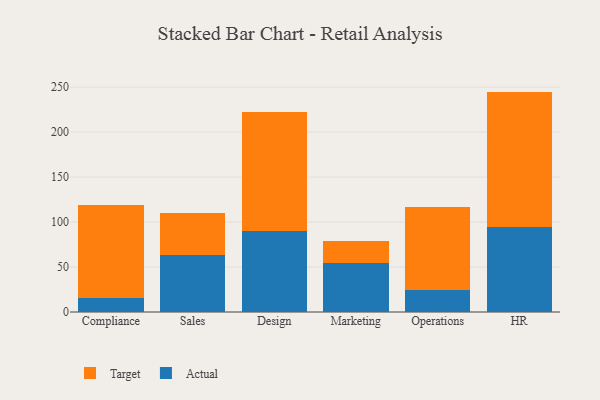
{"axis": {"x": "Department", "y": "Population (Million)"}, "legend": ["Actual", "Target"], "data": [{"x": "Compliance", "y": 15.4, "type": "Actual"}, {"x": "Compliance", "y": 104.0, "type": "Target"}, {"x": "Sales", "y": 63.9, "type": "Actual"}, {"x": "Sales", "y": 45.8, "type": "Target"}, {"x": "Design", "y": 89.6, "type": "Actual"}, {"x": "Design", "y": 132.7, "type": "Target"}, {"x": "Marketing", "y": 54.4, "type": "Actual"}, {"x": "Marketing", "y": 24.4, "type": "Target"}, {"x": "Operations", "y": 24.4, "type": "Actual"}, {"x": "Operations", "y": 91.8, "type": "Target"}, {"x": "HR", "y": 94.7, "type": "Actual"}, {"x": "HR", "y": 150.3, "type": "Target"}]}